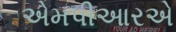
એમપીઆરએ